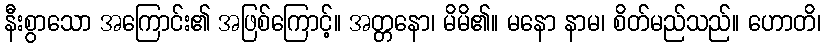
နီးစွာသော အကြောင်း၏ အဖြစ်ကြောင့်။ အတ္တနော၊ မိမိ၏။ မနော နာမ၊ စိတ်မည်သည်။ ဟောတိ၊